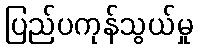
ပြည်ပကုန်သွယ်မှု